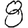
Digit: 8